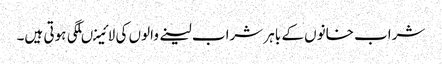
شراب خانوں کے باہر شراب لینے والوں کی لائینںلگی ہوتی ہیں۔